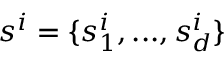
s ^ { i } = \{ s _ { 1 } ^ { i } , . . . , s _ { d } ^ { i } \}